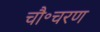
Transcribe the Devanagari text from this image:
चौ॰चरण